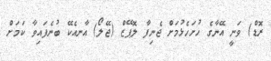
ރޮޑް) ވަނީ އޭނާގެ ހުށަހެޅުމަށް ޖެނިފާ ލޮޕޭޒް (ޖޭލޯ) އާނއެކޭ ބުނެފައިވާ ކަމަށް